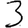
Digit: 3